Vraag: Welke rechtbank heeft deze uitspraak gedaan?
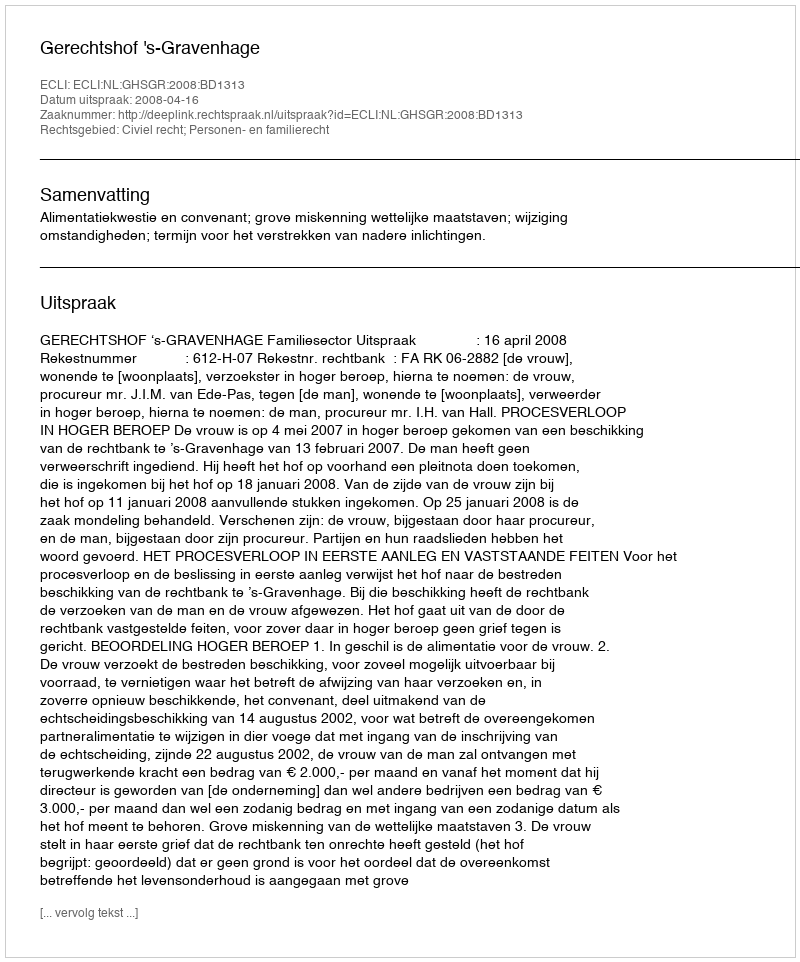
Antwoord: Gerechtshof 's-Gravenhage